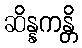
ဆိန္နကန္တိ